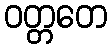
ဝတ္တတေ